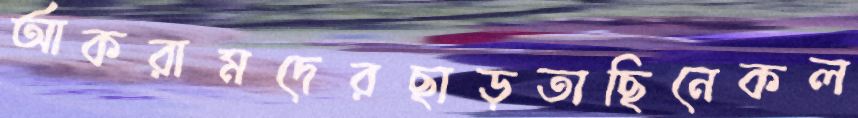
আকরামদেরছাড়তাছিনেকল